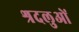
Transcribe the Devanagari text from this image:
श्रदलुओं